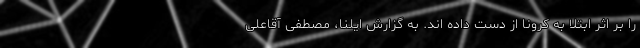
را بر اثر ابتلا به کرونا از دست داده اند. به گزارش ایلنا، مصطفی آقاعلی